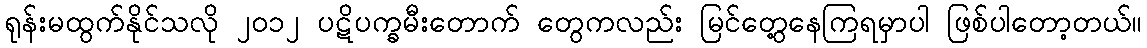
ရုန်းမထွက်နိုင်သလို ၂၀၁၂ ပဋိပက္ခမီးတောက် တွေကလည်း မြင်တွေ့နေကြရမှာပါ ဖြစ်ပါတော့တယ်။